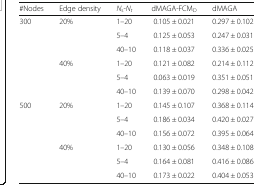
<table><thead><tr><td><b>#Nodes</b></td><td><b>Edge density</b></td><td><b><i>N</i><sub>s</sub>-<i>N</i><sub><i>t</i></sub></b></td><td><b>dMAGA-FCM<sub>D</sub></b></td><td><b>dMAGA</b></td></tr></thead><tbody><tr><td rowspan="6">300</td><td rowspan="3">20%</td><td>1–20</td><td>0.105 ± 0.021</td><td>0.297 ± 0.102</td></tr><tr><td>5–4</td><td>0.125 ± 0.053</td><td>0.247 ± 0.031</td></tr><tr><td>40–10</td><td>0.118 ± 0.037</td><td>0.336 ± 0.025</td></tr><tr><td rowspan="3">40%</td><td>1–20</td><td>0.121 ± 0.082</td><td>0.214 ± 0.112</td></tr><tr><td>5–4</td><td>0.063 ± 0.019</td><td>0.351 ± 0.051</td></tr><tr><td>40–10</td><td>0.139 ± 0.070</td><td>0.298 ± 0.042</td></tr><tr><td rowspan="6">500</td><td rowspan="3">20%</td><td>1–20</td><td>0.145 ± 0.107</td><td>0.368 ± 0.114</td></tr><tr><td>5–4</td><td>0.186 ± 0.034</td><td>0.420 ± 0.027</td></tr><tr><td>40–10</td><td>0.156 ± 0.072</td><td>0.395 ± 0.064</td></tr><tr><td rowspan="3">40%</td><td>1–20</td><td>0.130 ± 0.056</td><td>0.348 ± 0.108</td></tr><tr><td>5–4</td><td>0.164 ± 0.081</td><td>0.416 ± 0.086</td></tr><tr><td>40–10</td><td>0.173 ± 0.022</td><td>0.404 ± 0.053</td></tr></tbody></table>